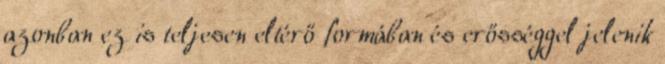
azonban ez is teljesen eltérő formában és erősséggel jelenik